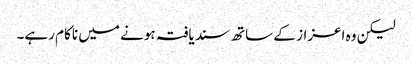
لیکن وہ اعزاز کے ساتھ سندیافتہ ہونے میں ناکام رہے۔